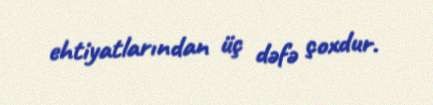
ehtiyatlarından üç dəfə çoxdur.